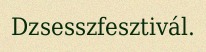
Dzsesszfesztivál.